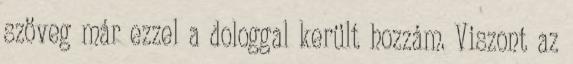
szöveg már ezzel a dologgal került hozzám. Viszont az